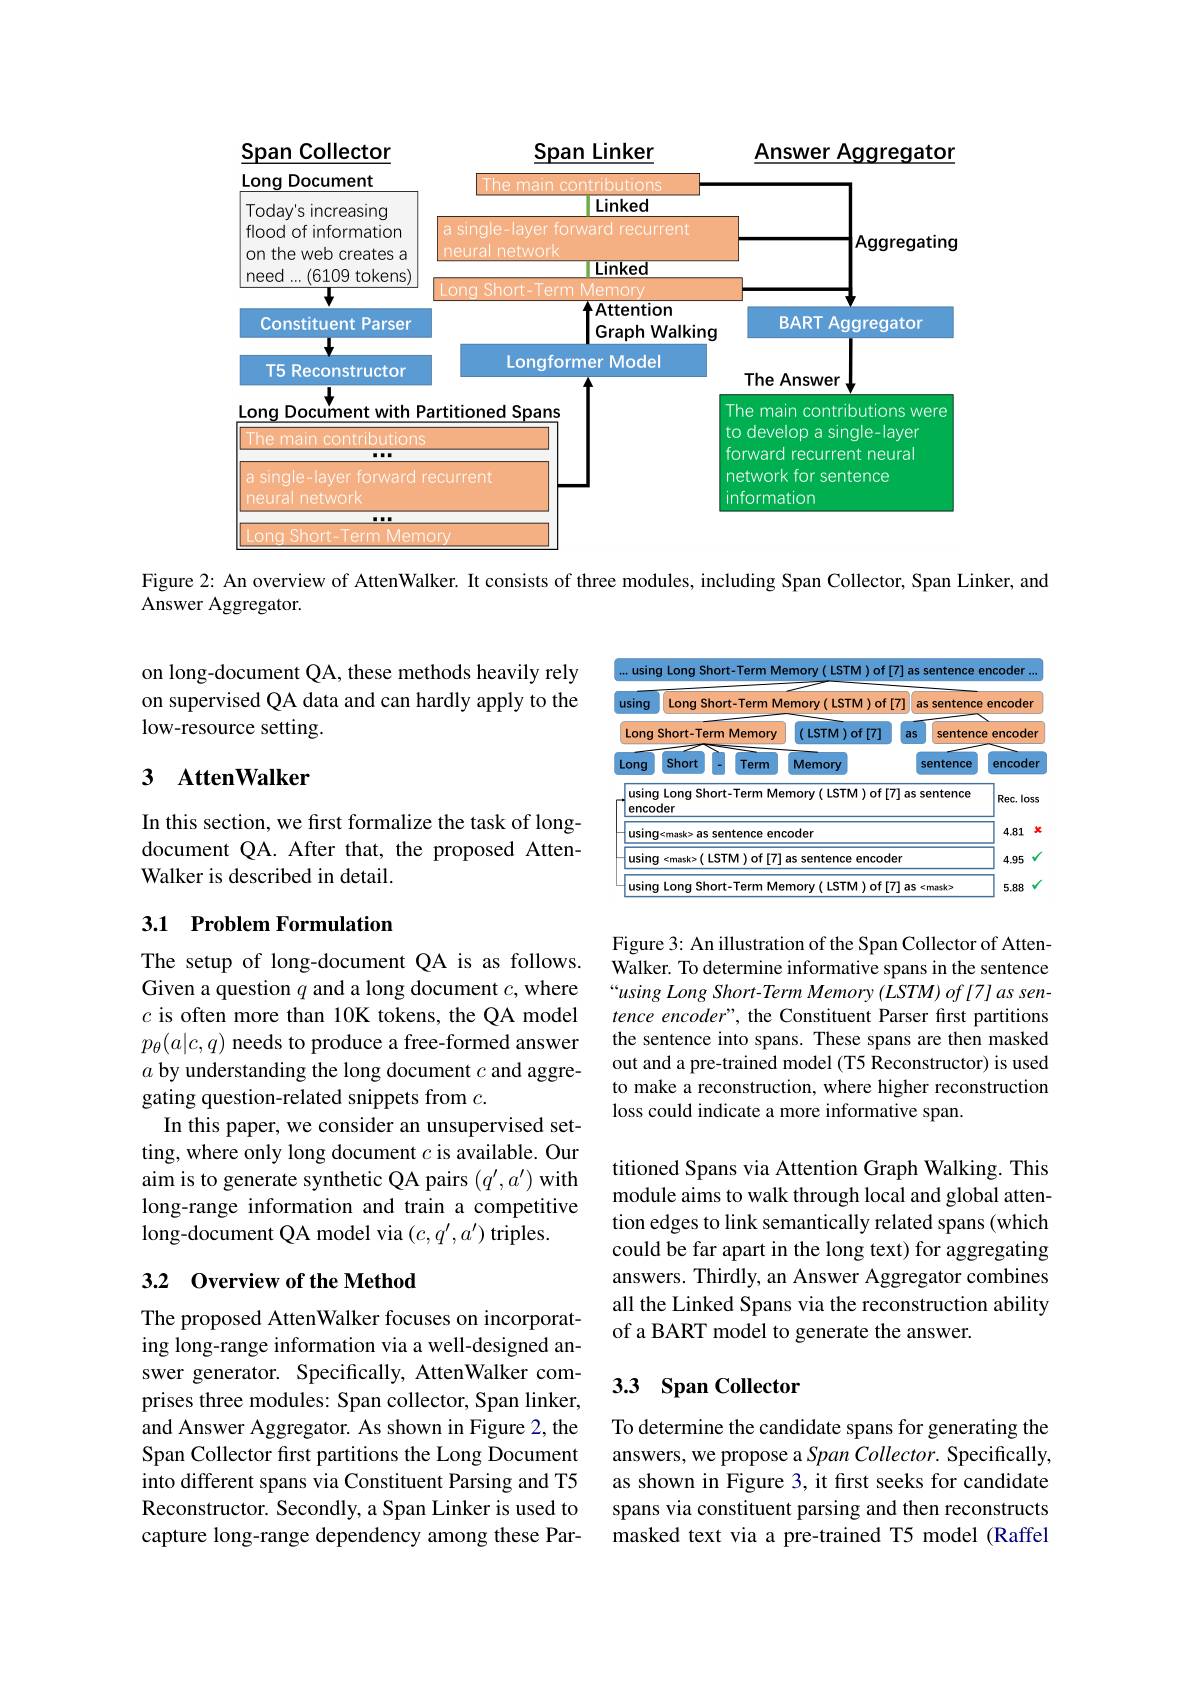
<FigureHere>

Figure 2: An overview of AttenWalker. It consists of three modules, including Span Collector, Span Linker, and

Answer Aggregator.

on long-document QA, these methods heavily rely on supervised QA data and can hardly apply to the low-resource setting.

## 3 AttenWalker

<table>
	<tbody>
		<tr>
			<th>using</th>
			<th>Long Sha</th>
			<th>ort-Term M</th>
			<th>emory (LSTM 120 )of T</th>
			<th>of[7] a</th>
			<th>7] as</th>
			<th>35 sentence 5 1 1</th>
			<th>encoder</th>
		</tr>
		<tr>
			<th>Long</th>
			<th>Short-Term</th>
			<th>Memory m</th>
			<th>$(LSTM)of[7]$</th>
			<th>71 as</th>
			<th>as</th>
			<th>sentenc</th>
			<th>encoder P 1</th>
		</tr>
		<tr>
			<td>Long</td>
			<td>Short</td>
			<td>Term</td>
			<td>Memory</td>
			<td> </td>
			<td>$S$</td>
			<td>sentence</td>
			<td>encoder</td>
		</tr>
		<tr>
			<td>using enco</td>
			<td>ILong Shor $\frac{1}{2}=\frac{1}{2}=\frac{1}{2}$ der</td>
			<td>$rt-TermMe$ 1</td>
			<td>mory( LSTM)of[</td>
			<td>)f[7]. ass</td>
			<td>J as s</td>
			<td>sentence</td>
			<td>$Rec.$ loss</td>
		</tr>
		<tr>
			<td>using</td>
			<td>$j<mask>asse$</td>
			<td>sentence ene</td>
			<td>$:0der$</td>
			<td> </td>
			<td> </td>
			<td> </td>
			<td>4.81 3</td>
		</tr>
		<tr>
			<td>using</td>
			<td>$\cdot(LS$ $\epsilon mask>$</td>
			<td>STM)of[7]</td>
			<td>as sentence encod</td>
			<td>$:0der$</td>
			<td>$:\mathbf{r}$</td>
			<td> </td>
			<td>4.95</td>
		</tr>
		<tr>
			<td>usinc</td>
			<td>Long Shor</td>
			<td>$rt-Term$ $M\epsilon$</td>
			<td>$I($LSTM)of「 morv</td>
			<td>$)f[7]$ as</td>
			<td>1 as $\xi$</td>
			<td>$\epsilon mask>$</td>
			<td>5.88</td>
		</tr>
	</tbody>
</table>

In this section, we first formalize the task of longdocument QA. After that, the proposed AttenWalker is described in detail.

### 3.1 Problem Formulation

Figure 3: An illustration of the Span Collector of AttenWalker. To determine informative spans in the sentence “using Long Short-Term Memory (LSTM) of [7] as sentence encoder", the Constituent Parser first partitions the sentence into spans. These spans are then masked out and a pre-trained model (T5 Reconstructor) is used to make a reconstruction, where higher reconstruction loss could indicate a more informative span.

The setup of long-document QA is as follows. Given a question $q$ and a long document $c$, where $c$ is often more than 10K tokens, the QA model $p_\theta(a|c,q)$ needs to produce a free-formed answer $a$ by understanding the long document $c$ and aggregating question-related snippets from $c.$
In this paper, we consider an unsupervised setting, where only long document $c$ is available. Our aim is to generate synthetic QA pairs $(q^{\prime},a^{\prime})$ with long-range information and train a competitive long-document QA model via $(c,q^{\prime},a^{\prime})$ triples.

titioned Spans via Attention Graph Walking. This module aims to walk through local and global attention edges to link semantically related spans (which could be far apart in the long text) for aggregating answers. Thirdly, an Answer Aggregator combines all the Linked Spans via the reconstruction ability of a BART model to generate the answer.

## 3.2 Overview of the Method

### 3.3 Span Collector

The proposed AttenWalker focuses on incorporating long-range information via a well-designed answer generator. Specifically, AttenWalker comprises three modules: Span collector, Span linker, and Answer Aggregator. As shown in Figure 2, the Span Collector first partitions the Long Document into different spans via Constituent Parsing and T5 Reconstructor. Secondly, a Span Linker is used to capture long-range dependency among these Par-

To determine the candidate spans for generating the answers, we propose a Span Collector. Specifically, as shown in Figure 3, it first seeks for candidate spans via constituent parsing and then reconstructs masked text via a pre-trained T5 model (Raffel